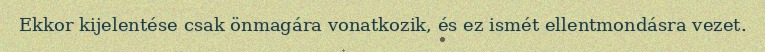
Ekkor kijelentése csak önmagára vonatkozik, és ez ismét ellentmondásra vezet.